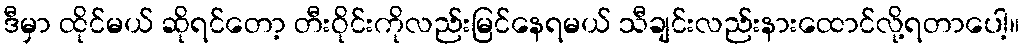
ဒီမှာ ထိုင်မယ် ဆိုရင်တော့ တီးဝိုင်းကိုလည်းမြင်နေရမယ် သီချင်းလည်းနားထောင်လို့ရတာပေါ့။